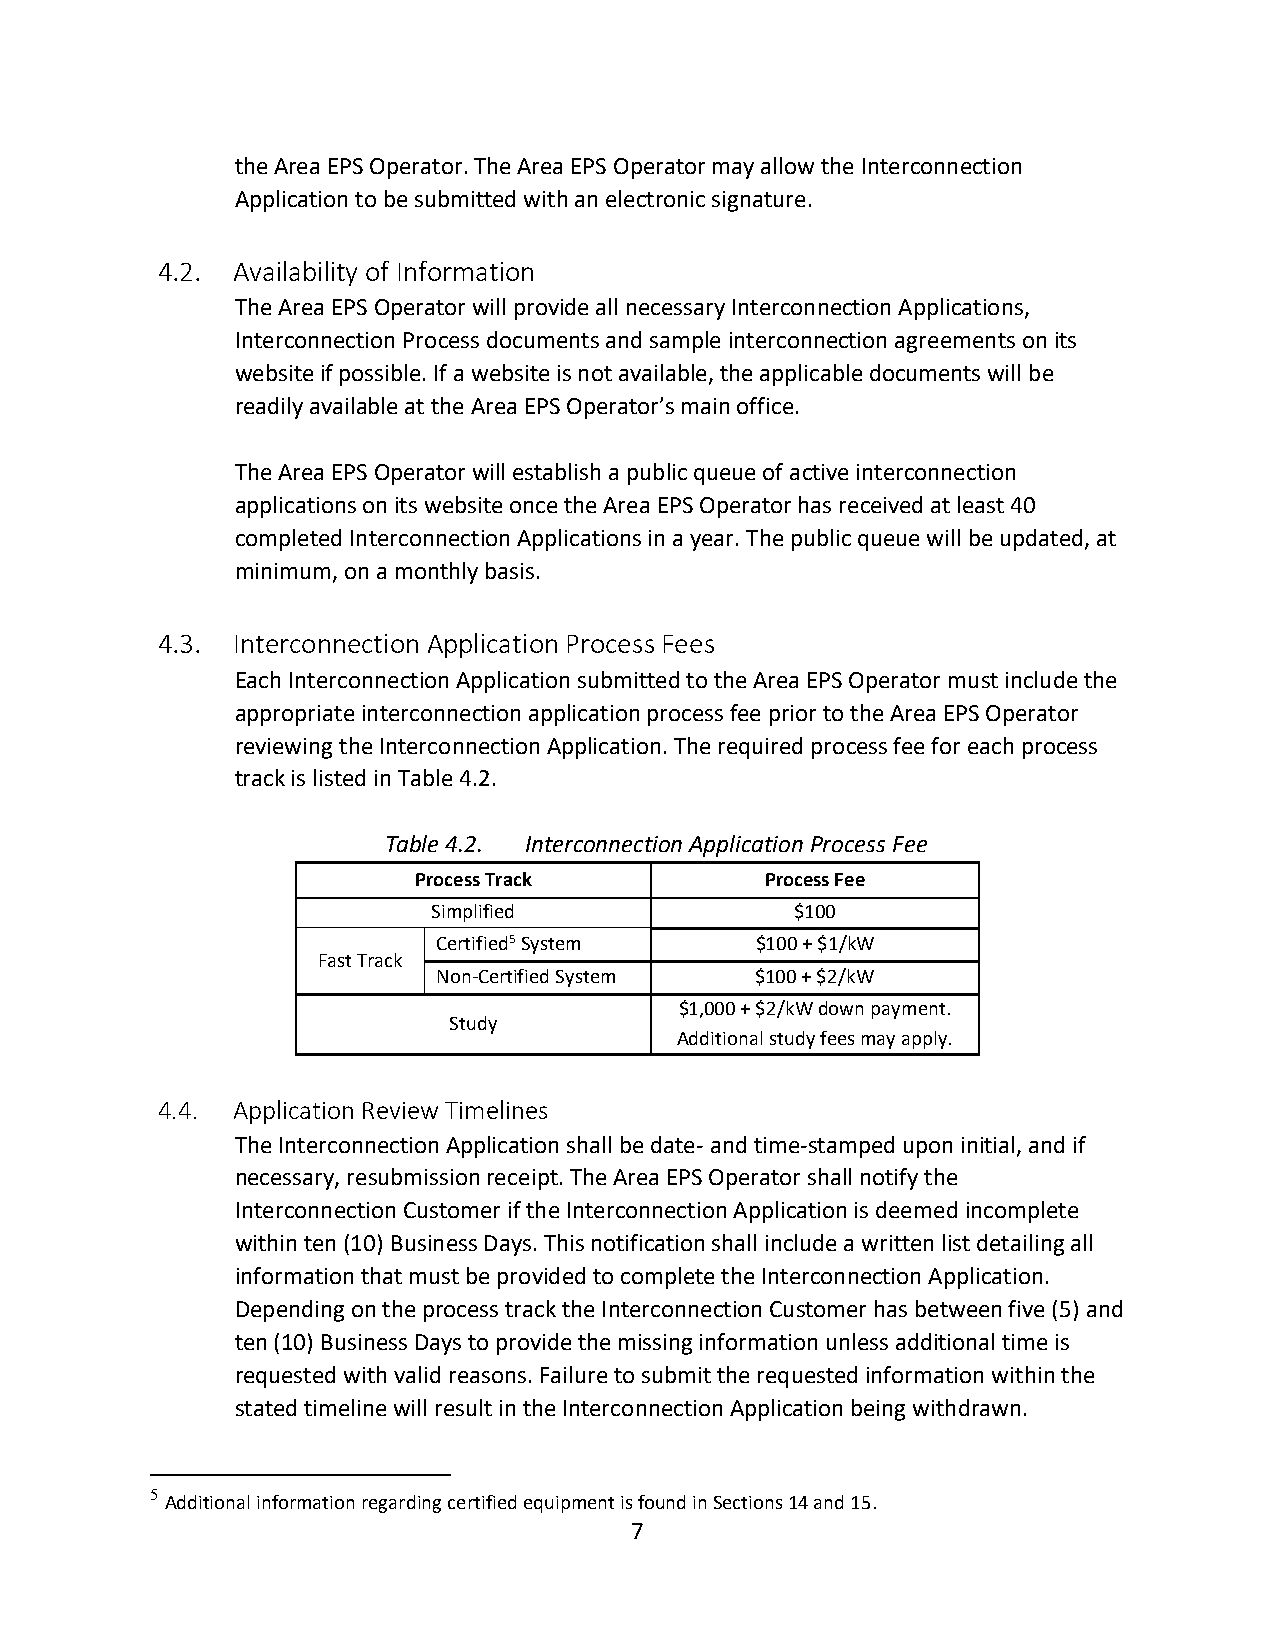
the Area EPS Operator. The Area EPS Operator may allow the Interconnection
 Application to be submitted with an electronic signature.
 4.2. Availability of Information
 The Area EPS Operator will provide all necessary Interconnection Applications,
 Interconnection Process documents and sample interconnection agreements on its
 website if possible. If a website is not available, the applicable documents will be
 readily available at the Area EPS Operator’s main office.
 The Area EPS Operator will establish a public queue of active interconnection
 applications on its website once the Area EPS Operator has received at least 40
 completed Interconnection Applications in a year. The public queue will be updated, at
 minimum, on a monthly basis.
 4.3. Interconnection Application Process Fees
 Each Interconnection Application submitted to the Area EPS Operator must include the
 appropriate interconnection application process fee prior to the Area EPS Operator
 reviewing the Interconnection Application. The required process fee for each process
 track is listed in Table 4.2.
 Table 4.2. Interconnection Application Process Fee
 Process Track           Process Fee
 Simplified              $100
 Certified5 System    $100 + $1/kW
 Fast Track
 Non-Certified System $100 + $2/kW
 $1,000 + $2/kW down payment.
 Study
 Additional study fees may apply.
 4.4. Application Review Timelines
 The Interconnection Application shall be date- and time-stamped upon initial, and if
 necessary, resubmission receipt. The Area EPS Operator shall notify the
 Interconnection Customer if the Interconnection Application is deemed incomplete
 within ten (10) Business Days. This notification shall include a written list detailing all
 information that must be provided to complete the Interconnection Application.
 Depending on the process track the Interconnection Customer has between five (5) and
 ten (10) Business Days to provide the missing information unless additional time is
 requested with valid reasons. Failure to submit the requested information within the
 stated timeline will result in the Interconnection Application being withdrawn.
 5
 Additional information regarding certified equipment is found in Sections 14 and 15.
 7